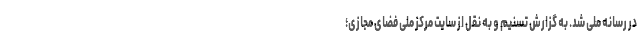
در رسانه ملی شد. به گزارش تسنیم و به نقل از سایت مرکز ملی فضای مجازی؛